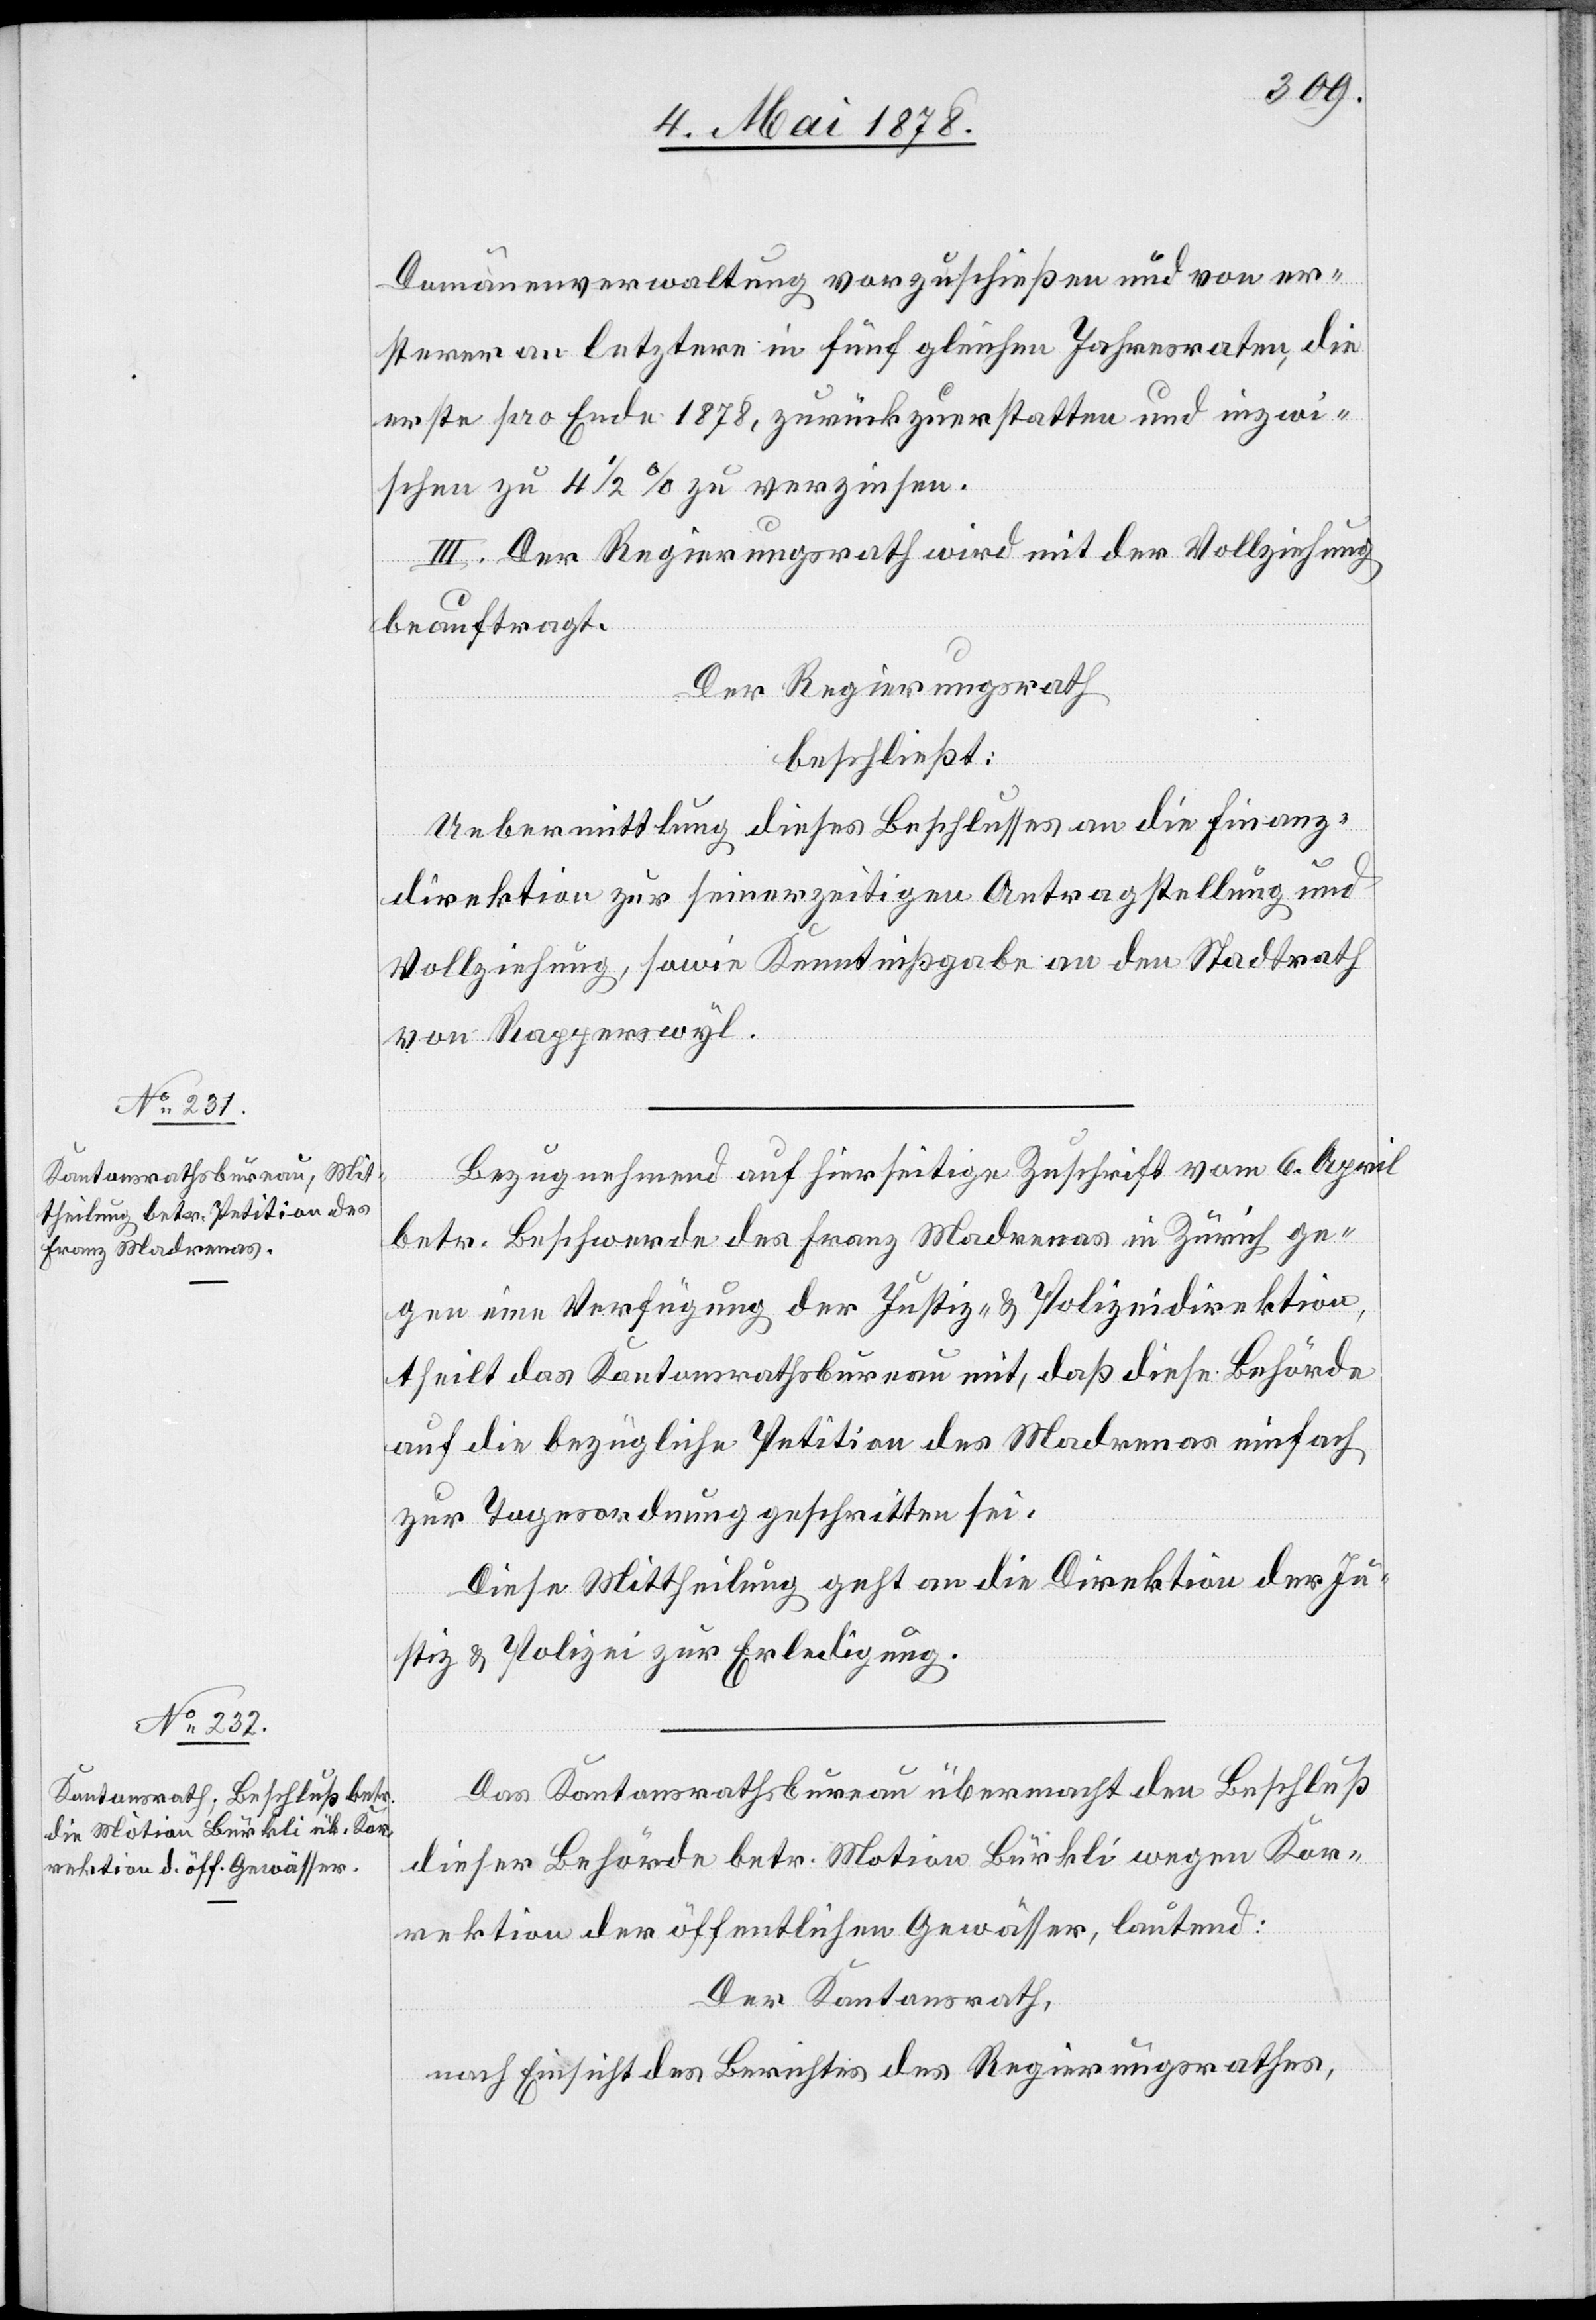
Domänenverwaltung vorzuschießen und von er¬
sterer an letztere in fünf gleichen Jahresraten, die
erste pro Ende 1878, zurückzuerstatten und inzwi¬
schen zu 4 1/2 % zu verzinsen.
III. Der Regierungsrath wird mit der Vollziehung
beauftragt.
Der Regierungsrath
beschließt:
Uebermittlung dieses Beschlusses an die Finanz¬
direktion zur seinerzeitigen Antragstellung und
Vollziehung, sowie Kenntnißgabe an den Stadtrath
von Rapperswyl.
Bezugnehmend auf hierseitige Zuschrift vom 6. April
betr. Beschwerde des Franz Madrenas in Zürich ge¬
gen eine Verfügung der Justiz- & Polizeidirektion,
theilt das Kantonsrathsbureau mit, daß diese Behörde
auf die bezügliche Petition des Madrenas einfach
zur Tagesordnung geschritten sei.
Diese Mittheilung geht an die Direktion der Ju¬
stiz & Polizei zur Erledigung.
Das Kantonsrathsbureau übermacht den Beschluß
dieser Behörde betr. Motion Bürkli wegen Kor¬
rektion der öffentlichen Gewässer, lautend:
Der Kantonsrath,
nach Einsicht des Berichtes des Regierungsrathes,